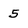
Character: 5